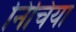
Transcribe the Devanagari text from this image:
निचिया